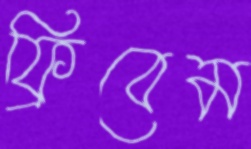
ফ্রিবেম